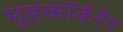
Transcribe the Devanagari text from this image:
मुहकॉर्करेन